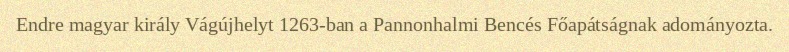
Endre magyar király Vágújhelyt 1263-ban a Pannonhalmi Bencés Főapátságnak adományozta.